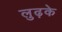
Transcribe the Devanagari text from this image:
लुढ़के